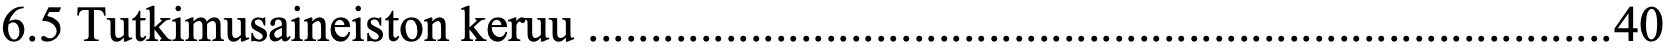
6.5 Tutkimusaineiston keruu .................................................................................. 40